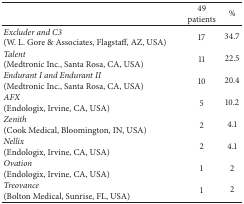
|  | 49 patients | % |
 | --- | --- | --- |
 | Excluder and C3 (W. L. Gore & Associates, Flagstaff, AZ, USA) | 17 | 34.7 |
 | Talent (Medtronic Inc., Santa Rosa, CA, USA) | 11 | 22.5 |
 | Endurant I and Endurant II(Medtronic Inc., Santa Rosa, CA, USA) | 10 | 20.4 |
 | AFX (Endologix, Irvine, CA, USA) | 5 | 10.2 |
 | Zenith (Cook Medical, Bloomington, IN, USA) | 2 | 4.1 |
 | Nellix (Endologix, Irvine, CA, USA) | 2 | 4.1 |
 | Ovation (Endologix, Irvine, CA, USA) | 1 | 2 |
 | Treovance (Bolton Medical, Sunrise, FL, USA) | 1 | 2 |